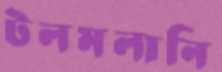
টলমলানি